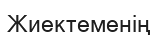
Жиектеменің